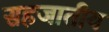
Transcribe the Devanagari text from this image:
सहजातीय